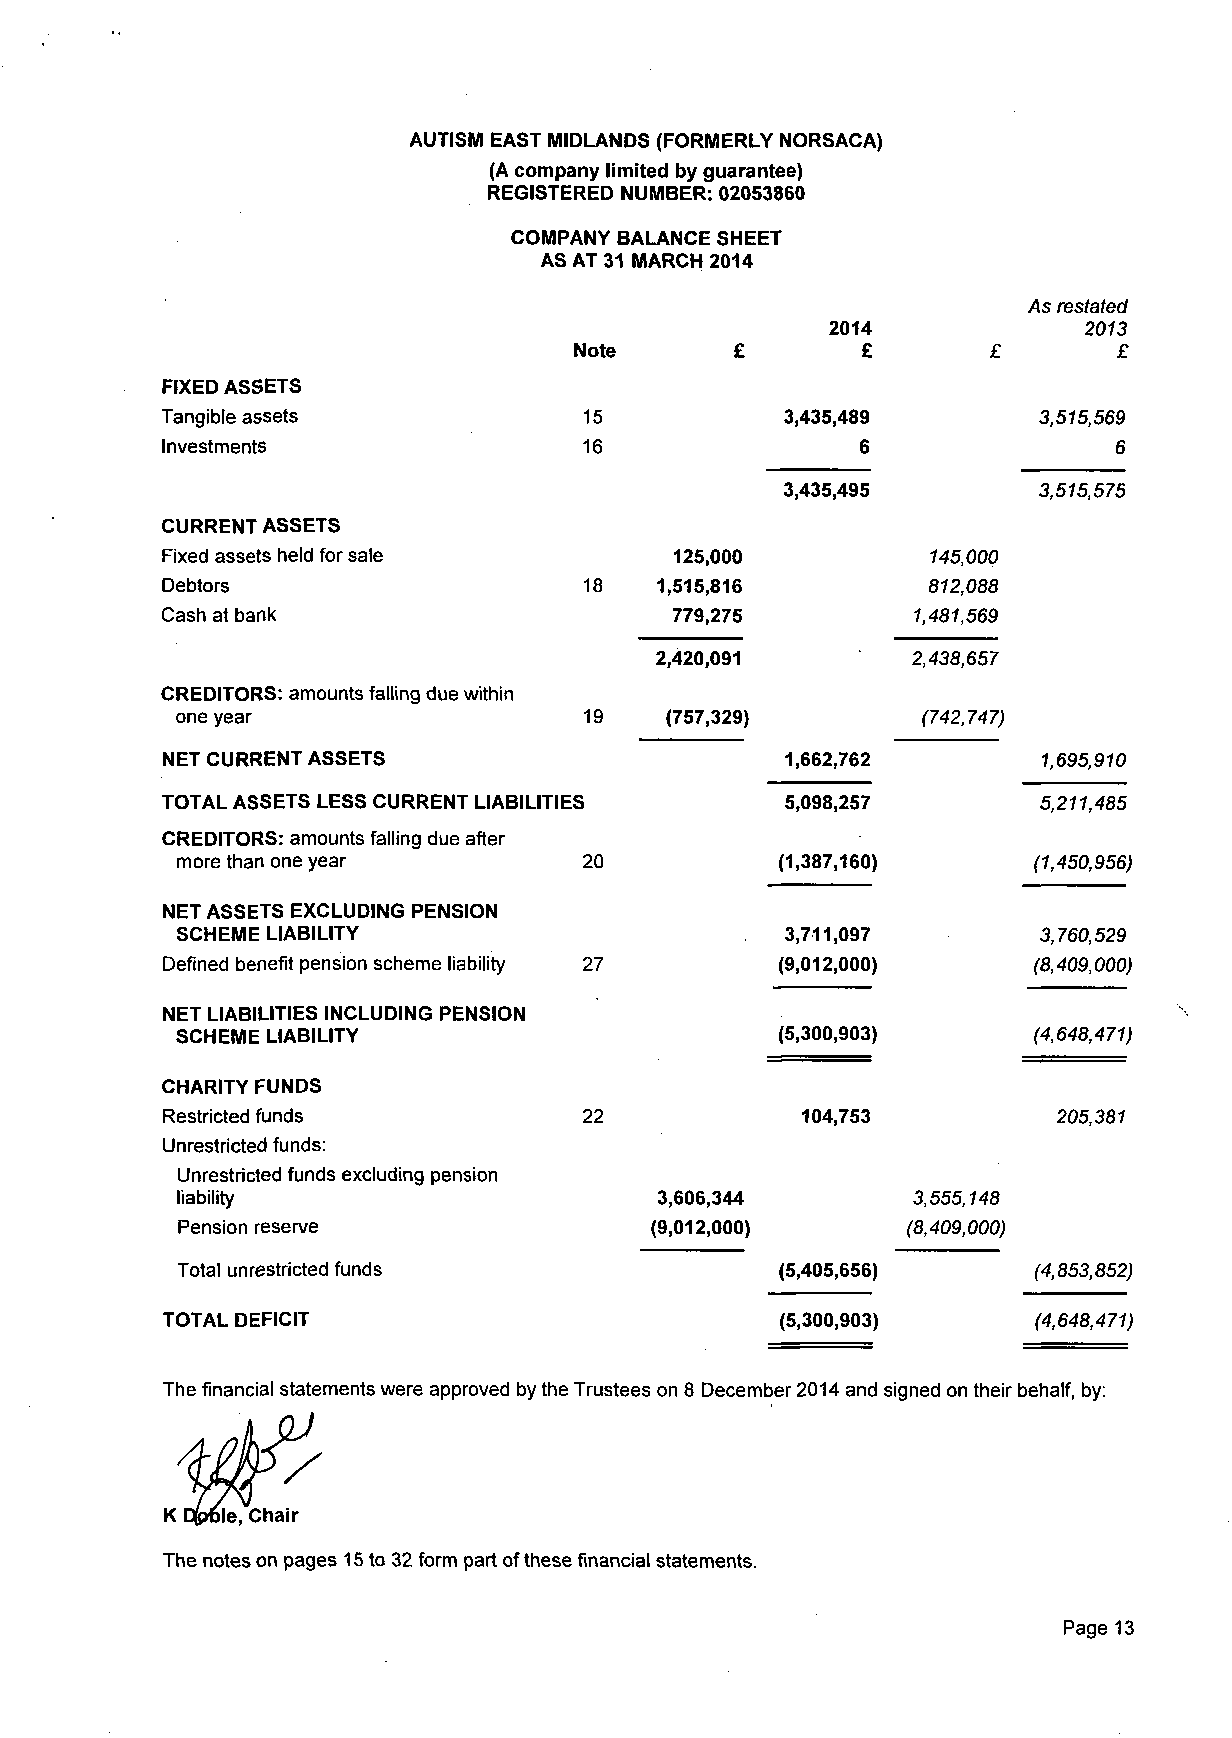
AUTISM EAST MIDLANDS (FORMERLY NORSACA)
 (A company limited by guarantee)
 REGISTERED NUMBER: 02053860
 COMPANY BALANCE SHEET
 AS AT 31 MARCH 2014
 As restated
 2014             2013
 Note               £        £       £
 FIXED ASSETS
 Tangible assets             15           3,435,489        3,515,569
 Investments                 16                6                6
 3,435,495        3,515,575
 CURRENT ASSETS
 Fixed assets held for sale        125,000          145,000
 Debtors                     18  1,515,816         812,088
 Cash at bank                     779,275         1,481,569
 2,420,091        2,438,657
 CREDITORS: amounts falling due within
 one year                   19
 (757,329)        (742,747)
 NET CURRENT ASSETS                       1,662,762        1,695,910
 TOTAL ASSETS LESS CURRENT LIABILITIES    5,098,257        5,211,485
 CREDITORS: amounts falling due after
 more than one year         20           (1,387,160)     (1,450,956)
 NET ASSETS EXCLUDING PENSION
 SCHEME LIABILITY                        3,711,097        3,760,529
 Defined benefit pension scheme liability 27 (9,012,000)  (8,409,000)
 NET LIABILITIES INCLUDING PENSION
 SCHEME LIABILITY                        (5,300,903)     (4,648,471)
 CHARITY FUNDS
 Restricted funds            22            104,753          205,381
 Unrestricted funds:
 Unrestricted funds excluding pension
 liability                      3,606,344        3,555,148
 (9,012,000)      (8,409,000)
 Pension reserve
 (5,405,656)     (4,853,852)
 Total unrestricted funds
 TOTAL DEFICIT                            (5,300,903)     (4,648,471)
 The financial statements were approved by the Trustees on 8 December 2014 and signed on their behalf, by:
 K Dfcrtle, Chair
 The notes on pages 15 to 32 form part of these financial statements.
 Page 13